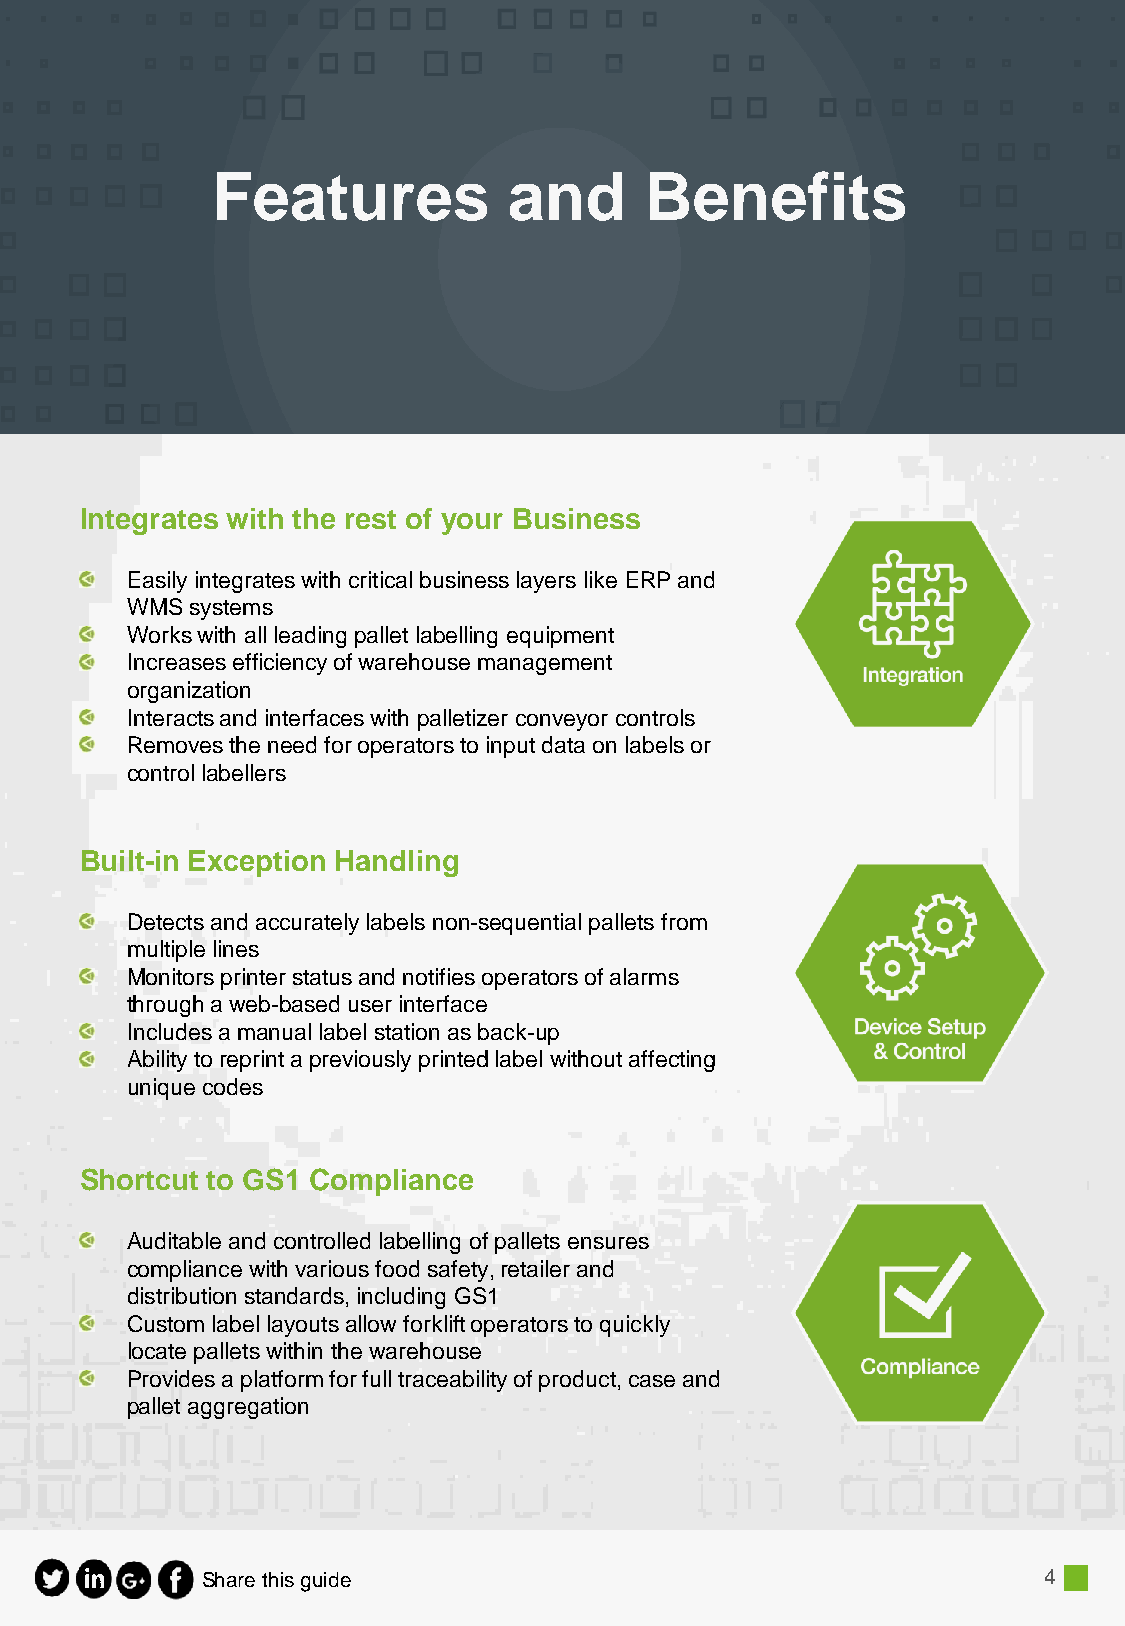
Features            and      Benefits
 Integrates with the rest of your Business
 Easily integrates with critical business layers like ERP and
 WMS  systems
 Works with all leading pallet labelling equipment
 Increases efficiency of warehouse management
 organization
 Interacts and interfaces with palletizer conveyor controls
 Removes the need for operators to input data on labels or
 control labellers
 Built-in Exception Handling
 Detects and accurately labels non-sequential pallets from
 multiple lines
 Monitors printer status and notifies operators of alarms
 through a web-based user interface
 Includes a manual label station as back-up
 Ability to reprint a previously printed label without affecting
 unique codes
 Shortcut to GS1 Compliance
 Auditable and controlled labelling of pallets ensures
 compliance with various food safety, retailer and
 distribution standards, including GS1
 Custom label layouts allow forklift operators to quickly
 locate pallets within the warehouse
 Provides a platform for full traceability of product, case and
 pallet aggregation
 Share this guide                                        4